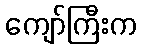
ကျော်ကြီးက